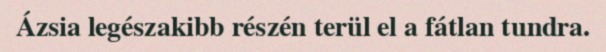
Ázsia legészakibb részén terül el a fátlan tundra.